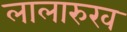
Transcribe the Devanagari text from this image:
लालारुख